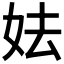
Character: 𡛠